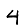
Digit: 4